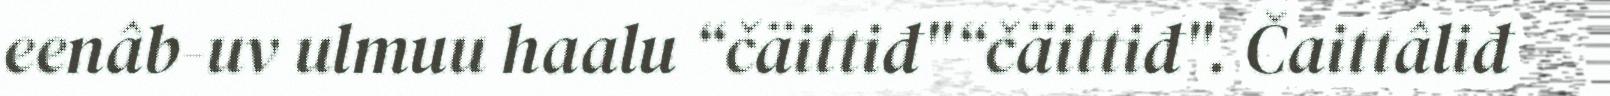
eenâb-uv ulmuu haalu “čäittiđ"“čäittiđ". Čaittâliđ